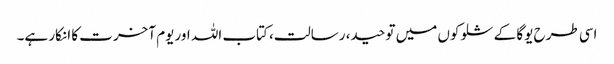
اسی طرح یوگا کے شلوکوں میں توحید، رسالت، کتاب اللہ اور یوم آخرت کا انکار ہے۔